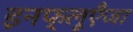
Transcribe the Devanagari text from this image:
इनफ्लूएँजा